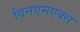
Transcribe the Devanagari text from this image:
विनएमएक्स